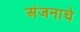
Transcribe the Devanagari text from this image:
अंजनाचे